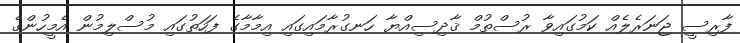
ފާރިސީ ޖަނަރެލެއް ކަމުގައިވާ ރުސްތުމް ޤާދިސިއްޔާ ހަނގުރާމައިގައި އިމާމާގެ ފަހަތުގައި މުސްލިމުން އެމީހުންގެ